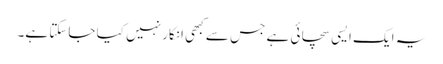
یہ ایک ایسی سچائی ہے جس سے کبھی انکار نہیں کیا جاسکتا ہے۔